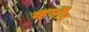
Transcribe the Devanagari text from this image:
व्हर्मॉँट